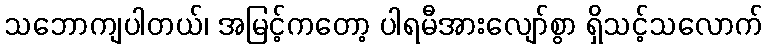
သဘောကျပါတယ်၊ အမြင့်ကတော့ ပါရမီအားလျော်စွာ ရှိသင့်သလောက်